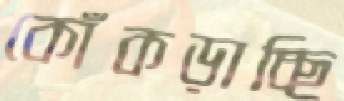
কোঁকড়াচ্ছি